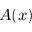
A ( x )